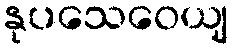
နုပသေဝေယျ